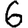
Digit: 6